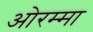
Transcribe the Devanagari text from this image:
ओरम्मा